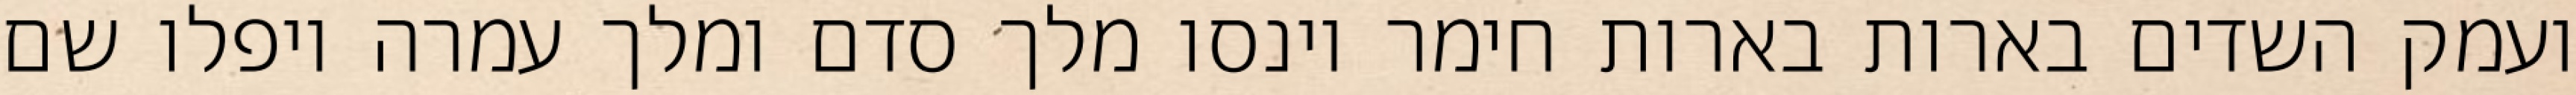
ועמק השדים בארות בארות חימר וינסו מלך סדם ומלך עמרה ויפלו שם